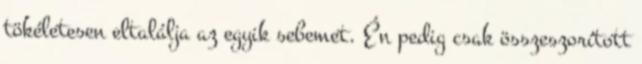
tökéletesen eltalálja az egyik sebemet. Én pedig csak összeszorított